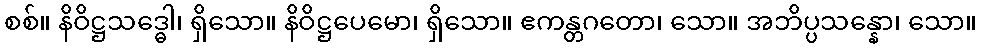
စစ်။ နိဝိဋ္ဌသဒ္ဓေါ၊ ရှိသော။ နိဝိဋ္ဌပေမော၊ ရှိသော။ ဧကန္တဂတော၊ သော။ အဘိပ္ပသန္နော၊ သော။